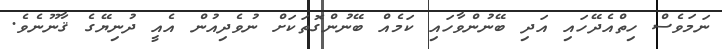
ނަމަވެސް ހިތްއެދޭހައި އަދި ބޭނުންވާހައި ކަމެއް ބޭނުންގޮތަކަށް ނުވެދިއުން އެއީ ދުނިޔޭގެ ޤާނޫނެވެ.